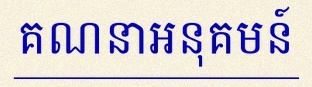
គណនាអនុគមន៍